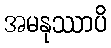
အမနုဿာပိ